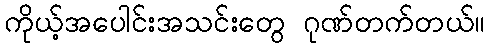
ကိုယ့်အပေါင်းအသင်းတွေ ဂုဏ်တက်တယ်။